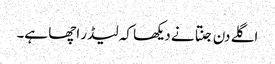
اگلے دن جنتا نے دیکھا کہ لیڈر اچھا ہے۔